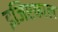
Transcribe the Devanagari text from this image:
इजिप्टकाल